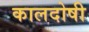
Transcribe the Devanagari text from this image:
कालदोषी